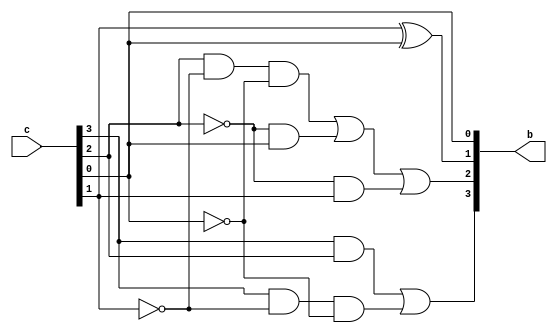
module lab5q3(c,b);
input [3:0] c;
output [3:0] b;

assign b[3] = c[3]&c[2] | c[3]&~c[1]&~c[0];
assign b[2] = c[2]&~c[1]&~c[0] | ~c[2]&c[0] | ~c[2]&c[1] ;
assign b[1] = c[1] ^ c[0];
assign b[0] =c[0];

endmodule